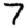
Digit: 7